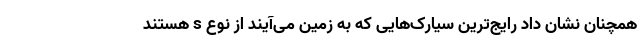
همچنان نشان داد رایج‌ترین سیارک‌هایی که به زمین می‌آیند از نوع s هستند